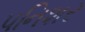
પનિશર